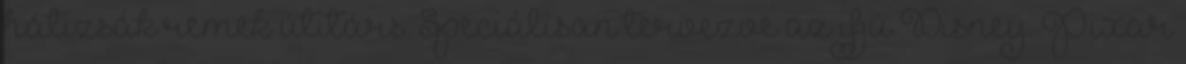
hátizsák remek útitárs. Speciálisan tervezve az ifjú Disney. Pixar